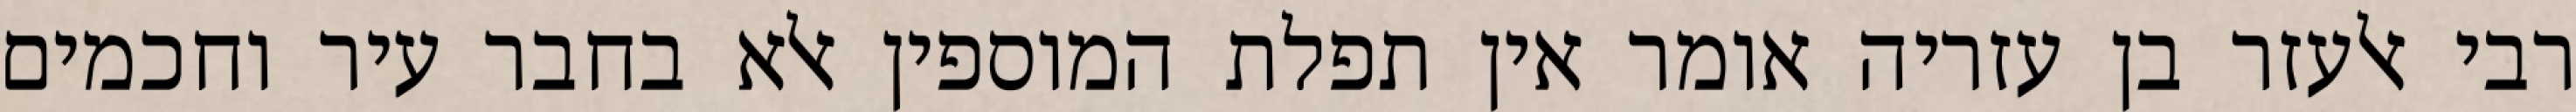
רבי אלעזר בן עזריה אומר אין תפלת המוספין אלא בחבר עיר וחכמים